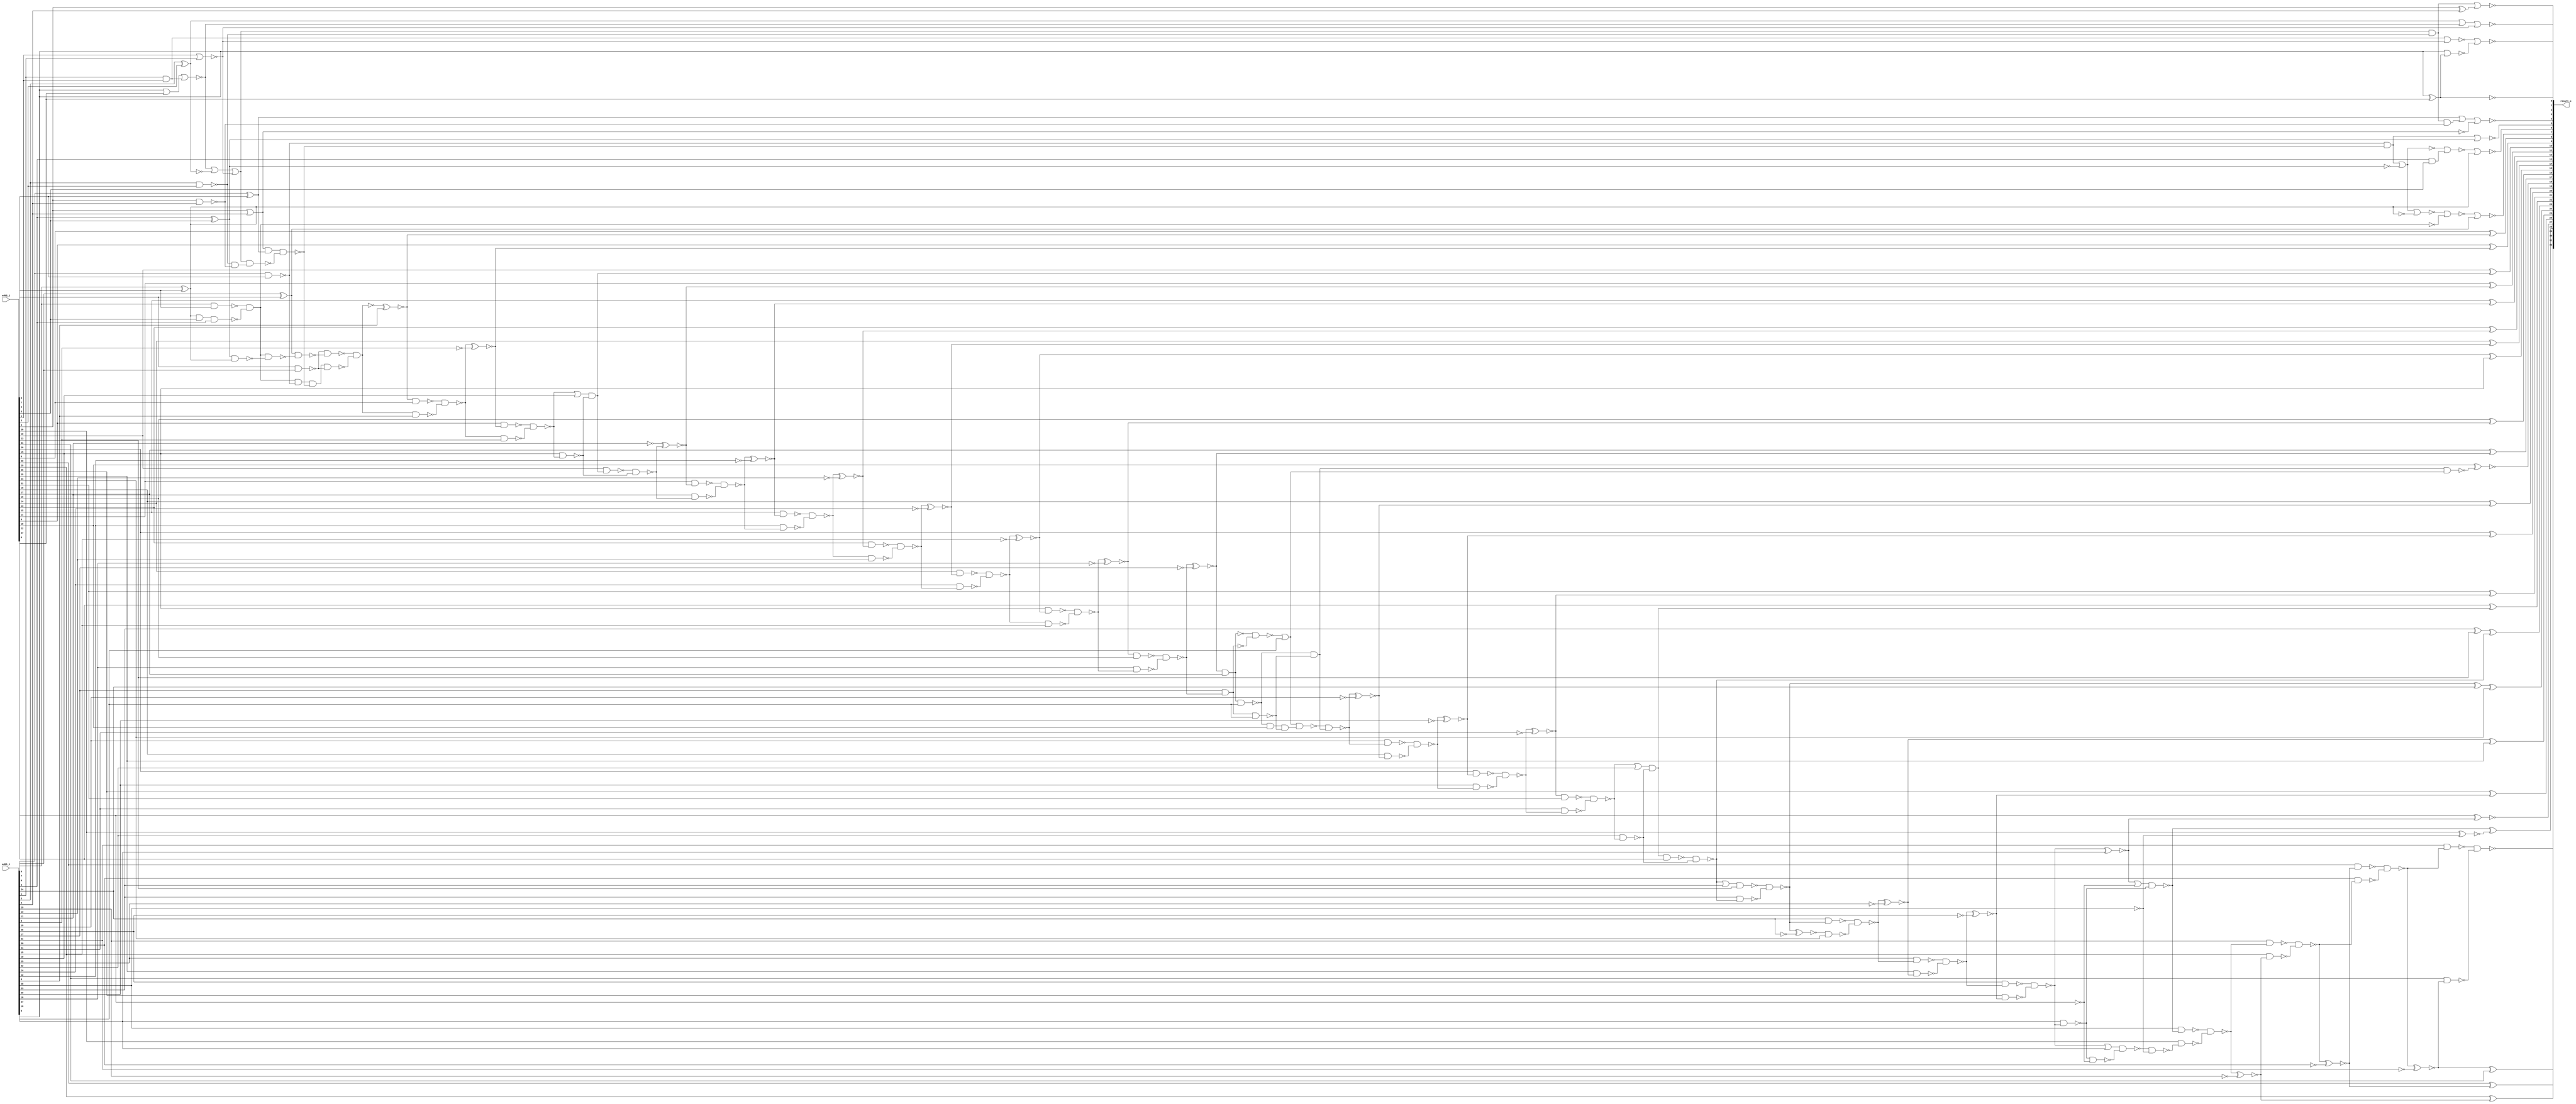
module xnor_based_ripple_carry_adder32 ( add1_i, add2_i, result_o );
  input [31:0] add1_i;
  input [31:0] add2_i;
  output [32:0] result_o;
  wire   n178, n179, n180, n181, n183, n186, n187, n188, n189, n190, n191,
         n192, n193, n195, n196, n197, n198, n199, n200, n201, n202, n203,
         n204, n205, n206, n207, n208, n209, n210, n211, n212, n213, n214,
         n215, n216, n217, n218, n219, n220, n221, n222, n223, n224, n225,
         n226, n227, n228, n229, n230, n231, n232, n233, n234, n235, n236,
         n237, n238, n239, n240, n241, n242, n243, n244, n245, n246, n248,
         n249, n250, n251, n252, n253, n254, n255, n256, n257, n258, n259,
         n260, n261, n262, n263, n264, n265, n266, n267, n268, n269, n270,
         n272, n273, n274, n275, n276, n277, n278, n279, n280, n281, n282,
         n283, n284, n285, n286, n287, n288, n289, n290, n291, n292, n293,
         n294, n295, n296, n297, n298, n299, n300, n301, n302, n303, n304,
         n305, n306, n307, n308, n309, n310, n311, n312, n313, n314, n315,
         n316, n317, n318, n319, n320, n321, n322, n323, n324, n325, n326,
         n327, n328, n329, n330, n331, n332, n333, n334, n335, n336, n337,
         n338, n339, n340, n341, n342, n343, n344, n345, n346, n347, n348,
         n349, n350, n351, n352, n353, n354, n355, n356, n357, n358, n359,
         n360, n361, n362, n363, n364, n365, n366, n367, n368, n369;

  xor U138 ( result_o[8], add2_i[8], n345);
  xor U139 ( n203, add2_i[3], add1_i[3]);
  xor U144 ( result_o[29], add2_i[29], n331);
  xor U146 ( result_o[28], n227, n228);
  xor U149 ( result_o[25], n237, add2_i[25]);
  xor U151 ( result_o[24], n347, add2_i[24]);
  xor U153 ( result_o[22], add2_i[22], n250);
  xor U163 ( result_o[16], add2_i[16], n280);
  xor U165 ( result_o[15], n284, add2_i[15]);
  xor U167 ( result_o[14], add2_i[14], n288);
  xor U169 ( result_o[13], add2_i[13], n292);
  xor U171 ( result_o[12], add2_i[12], n296);
  xor U175 ( result_o[10], add2_i[10], n304);
  xor U177 ( n190, add1_i[7], add2_i[7]);
  xor U179 ( n199, add1_i[4], add2_i[4]);
  xor U180 ( n216, add1_i[2], add2_i[2]);
  xor U181 ( n267, add1_i[0], add2_i[0]);
  xnor U182 ( n326, n277, n348);
  not U183 ( n327, n210);
  not U184 ( n328, n327);
  or U185 ( n325, n217, n359, n218);
  nand U186 ( n340, n329, add1_i[18]);
  not U187 ( n329, n274);
  nand U188 ( n322, n183, n199, n201);
  nand U189 ( n339, n326, add2_i[17], add1_i[18]);
  nand U190 ( n313, n179, n321, n322, n315);
  and U191 ( n335, n339, add2_i[18], n340);
  nand U192 ( n320, n195, add2_i[5], add1_i[5]);
  nand U193 ( n249, n248, n251, add2_i[22]);
  xor U194 ( result_o[9], add2_i[9], n187);
  xor U195 ( result_o[11], add2_i[11], n300);
  xor U196 ( result_o[17], add2_i[17], n326);
  xor U197 ( result_o[19], add2_i[19], n263);
  xor U198 ( result_o[20], add2_i[20], n260);
  xor U199 ( result_o[21], add2_i[21], n255);
  xor U200 ( result_o[26], add2_i[26], n233);
  xor U201 ( result_o[30], add2_i[30], n328);
  xor U202 ( result_o[31], n206, add2_i[31]);
  not U203 ( n343, add1_i[24]);
  not U204 ( n342, add1_i[19]);
  not U205 ( n346, add1_i[25]);
  not U206 ( n330, n214);
  not U207 ( n331, n330);
  and U208 ( n332, n321, n322);
  nand U209 ( n333, n209, n208);
  and U210 ( n268, add1_i[1], add2_i[1]);
  or U211 ( n334, add1_i[0], add2_i[0]);
  nand U212 ( n270, n336, n335);
  or U213 ( n336, n273, add1_i[18]);
  nand U214 ( n337, n212, n213);
  nand U215 ( n338, n235, n236);
  and U216 ( n269, n339, n340);
  nand U217 ( n341, n231, n232);
  xnor U218 ( n263, n264, n342);
  xnor U219 ( n241, n242, n343);
  not U220 ( n344, n188);
  not U221 ( n345, n344);
  xnor U222 ( n237, n238, n346);
  not U223 ( n350, add1_i[13]);
  nor U224 ( n217, n334, n268);
  xor U225 ( n347, n242, add1_i[24]);
  not U226 ( n349, add1_i[15]);
  not U227 ( n348, add1_i[17]);
  xnor U228 ( n276, n277, n348);
  xnor U229 ( n284, n285, n349);
  xnor U230 ( n292, n293, n350);
  not U231 ( n351, add1_i[14]);
  not U232 ( n352, add1_i[16]);
  xnor U233 ( n288, n289, n351);
  xnor U234 ( n280, n281, n352);
  nor U235 ( n353, add1_i[0], add2_i[0], n367);
  not U236 ( n362, add1_i[29]);
  not U237 ( n355, add1_i[12]);
  not U238 ( n354, add1_i[20]);
  not U239 ( n356, add1_i[30]);
  xnor U240 ( n260, n259, n354);
  xnor U241 ( n296, n297, n355);
  xnor U242 ( n210, n211, n356);
  xor U243 ( n357, add1_i[6], add2_i[6]);
  not U244 ( n361, add1_i[21]);
  not U245 ( n358, add1_i[26]);
  not U246 ( n360, add1_i[31]);
  xnor U247 ( n233, n234, n358);
  xnor U248 ( n359, add1_i[2], add2_i[2]);
  xnor U249 ( n206, n207, n360);
  xnor U250 ( n255, n256, n361);
  xnor U251 ( n214, n215, n362);
  not U252 ( n183, n200);
  not U253 ( n181, n193);
  nor U254 ( result_o[7], n189, n190);
  nor U255 ( n189, n191, n192);
  nor U256 ( result_o[4], n199, n369, n200);
  not U257 ( result_o[0], n267);
  not U258 ( n366, add1_i[11]);
  not U259 ( n365, add1_i[9]);
  xor U260 ( n195, add1_i[6], add2_i[6]);
  xnor U261 ( n193, add1_i[5], add2_i[5]);
  nor U262 ( n218, add2_i[1], add1_i[1]);
  nor U263 ( n200, add2_i[3], add1_i[3]);
  nand U264 ( n319, add1_i[6], add2_i[6]);
  nand U265 ( n221, n222, n178);
  xnor U266 ( n228, add2_i[28], n178);
  xor U267 ( result_o[23], n363, n246);
  xor U268 ( n363, add1_i[23], add2_i[23]);
  and U269 ( n250, n251, n248);
  nand U270 ( n315, add2_i[7], add1_i[7]);
  nand U271 ( n321, add1_i[4], add2_i[4]);
  xnor U272 ( result_o[18], add2_i[18], n364);
  nand U273 ( n364, n269, n272);
  not U274 ( n178, add1_i[28]);
  not U275 ( n186, add2_i[27]);
  nor U276 ( n196, n197, n198);
  and U277 ( n198, add1_i[5], add2_i[5]);
  nor U278 ( result_o[1], n265, n266);
  nor U279 ( n265, n367, n218);
  nor U280 ( n266, add1_i[0], n267);
  and U281 ( n304, n305, n302);
  nand U282 ( n239, add1_i[24], n242);
  nand U283 ( n309, n310, n311);
  xnor U284 ( n187, n309, n365);
  xnor U285 ( n300, n366, n301);
  and U286 ( n367, add1_i[1], add2_i[1]);
  nand U287 ( n312, n315, n316);
  not U288 ( n179, n192);
  nand U289 ( n316, n190, n317);
  nand U290 ( n317, n179, n318);
  and U291 ( n368, n324, n323);
  and U292 ( n369, n202, n323);
  nand U293 ( n324, add1_i[2], add2_i[2]);
  nand U294 ( n323, add2_i[3], add1_i[3]);
  and U295 ( n202, n325, n324);
  nor U296 ( result_o[3], n202, n203);
  nand U297 ( n201, n325, n368);
  nand U298 ( n212, add1_i[29], n215);
  nand U299 ( n290, n293, add1_i[13]);
  nand U300 ( n298, add1_i[11], n301);
  nand U301 ( n307, n309, add1_i[9]);
  nand U302 ( n215, n219, n220);
  nand U303 ( n220, add2_i[28], n221);
  nand U304 ( n293, n295, n294);
  nand U305 ( n301, n303, n302);
  nand U306 ( n303, add2_i[10], n304);
  nand U307 ( n242, n244, n243);
  nand U308 ( n244, n245, add2_i[23]);
  or U309 ( n272, n273, add1_i[18]);
  nand U310 ( n264, n270, n269);
  nand U311 ( n261, add1_i[19], n264);
  nand U312 ( n231, add1_i[26], n338);
  nand U313 ( n246, n249, n248);
  nand U314 ( n273, n275, n274);
  nand U315 ( n274, add1_i[17], n277);
  nand U316 ( n204, add1_i[31], n333);
  nand U317 ( n208, add1_i[30], n337);
  nand U318 ( n253, add1_i[21], n256);
  nand U319 ( n277, n279, n278);
  nand U320 ( n207, n209, n208);
  nand U321 ( n211, n212, n213);
  nand U322 ( n234, n235, n236);
  nand U323 ( n256, n257, n258);
  nand U324 ( n281, n283, n282);
  nand U325 ( n282, n285, add1_i[15]);
  or U326 ( n305, n306, add1_i[10]);
  nand U327 ( n302, add1_i[10], n306);
  xnor U328 ( n188, n314, add1_i[8]);
  nand U329 ( n235, add1_i[25], n238);
  nand U330 ( n248, add1_i[22], n252);
  or U331 ( n251, n252, add1_i[22]);
  nand U332 ( n286, add1_i[14], n289);
  nand U333 ( n294, add1_i[12], n297);
  nand U334 ( n306, n308, n307);
  nand U335 ( n311, n312, n313, add1_i[8]);
  nand U336 ( n314, n313, n312);
  nor U337 ( result_o[6], n196, n357);
  xnor U338 ( result_o[27], add2_i[27], n230);
  not U339 ( n180, n357);
  nand U340 ( n219, add1_i[28], n227);
  or U341 ( n229, n230, n186);
  nand U342 ( n226, n231, n232);
  nand U343 ( n238, n239, n240);
  nand U344 ( n252, n254, n253);
  nand U345 ( n285, n287, n286);
  nand U346 ( n289, n291, n290);
  nand U347 ( n318, n181, n357);
  nand U348 ( n192, n319, n320);
  nand U349 ( result_o[32], n204, n205);
  nor U350 ( result_o[5], n332, n181);
  nand U351 ( n205, add2_i[31], n206);
  nor U352 ( n197, n332, n193);
  nor U353 ( n191, n193, n332, n180);
  nand U354 ( n227, n229, n225);
  nand U355 ( n222, n223, n224);
  nand U356 ( n224, n225, n186);
  nand U357 ( n243, add1_i[23], n246);
  or U358 ( n245, n246, add1_i[23]);
  nand U359 ( n258, add1_i[20], n259);
  nand U360 ( n257, add2_i[20], n260);
  nand U361 ( n259, n261, n262);
  nand U362 ( n278, add1_i[16], n281);
  nand U363 ( n283, add2_i[15], n284);
  nand U364 ( n297, n299, n298);
  nand U365 ( n310, n188, add2_i[8]);
  nor U366 ( result_o[2], n216, n353, n218);
  nand U367 ( n209, add2_i[30], n210);
  nand U368 ( n213, add2_i[29], n214);
  or U369 ( n223, n341, add1_i[27]);
  nand U370 ( n225, add1_i[27], n341);
  xnor U371 ( n230, n226, add1_i[27]);
  nand U372 ( n232, add2_i[26], n233);
  nand U373 ( n236, add2_i[25], n237);
  nand U374 ( n240, n241, add2_i[24]);
  nand U375 ( n254, n255, add2_i[21]);
  nand U376 ( n262, add2_i[19], n263);
  nand U377 ( n275, n276, add2_i[17]);
  nand U378 ( n279, n280, add2_i[16]);
  nand U379 ( n287, add2_i[14], n288);
  nand U380 ( n291, add2_i[13], n292);
  nand U381 ( n295, add2_i[12], n296);
  nand U382 ( n299, add2_i[11], n300);
  nand U383 ( n308, add2_i[9], n187);
endmodule